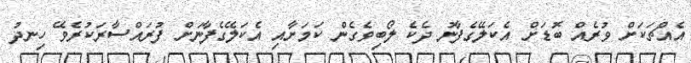
އެއްޗަކަށް ވުރެއް ބޮޑަށް އެކަލޭގެފާނު ދެކެ ލޯބިވެގެން ކަމަށާއި އެކަލޭގެފާނަށް ފުރައްސާރަކުރެވޭ ހިނދު